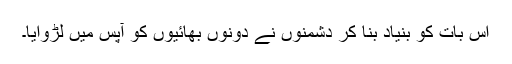
اس بات کو بنیاد بنا کر دشمنوں نے دونوں بھائیوں کو آپس میں لڑوایا۔